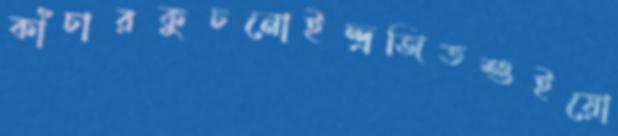
কাঁচারকুচনোইন্দ্রজিতশুইয়ো